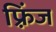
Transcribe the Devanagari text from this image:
फ़्रिंज